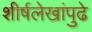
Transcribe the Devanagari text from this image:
शीर्षलेखांपुढे